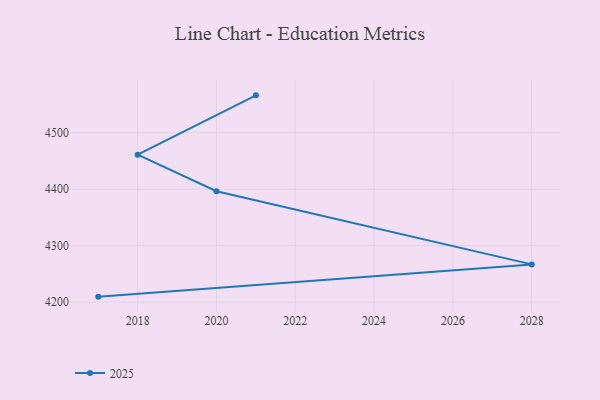
{"axis": {"x": "Year", "y": "Demand Index"}, "legend": ["2025"], "data": [{"x": "2017", "y": 4209.9, "type": "2025"}, {"x": "2028", "y": 4267.0, "type": "2025"}, {"x": "2020", "y": 4396.4, "type": "2025"}, {"x": "2018", "y": 4461.2, "type": "2025"}, {"x": "2021", "y": 4566.1, "type": "2025"}]}